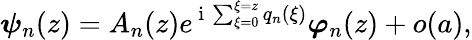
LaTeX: \boldsymbol{\psi}_{n}(z)=A_{n}(z)e^{\mathrm{~i~}\sum_{\xi=0}^{\xi=z}q_{n}(\xi)}\boldsymbol{\varphi}_{n}(z)+o(a),